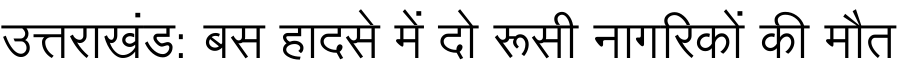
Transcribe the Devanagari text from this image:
उत्तराखंड: बस हादसे में दो रूसी नागरिकों की मौत